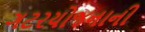
ગટરયોજનાની